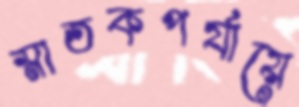
স্নাতকপর্যায়ে